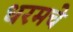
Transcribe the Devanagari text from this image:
धरमचे